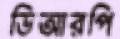
ডিআরপি